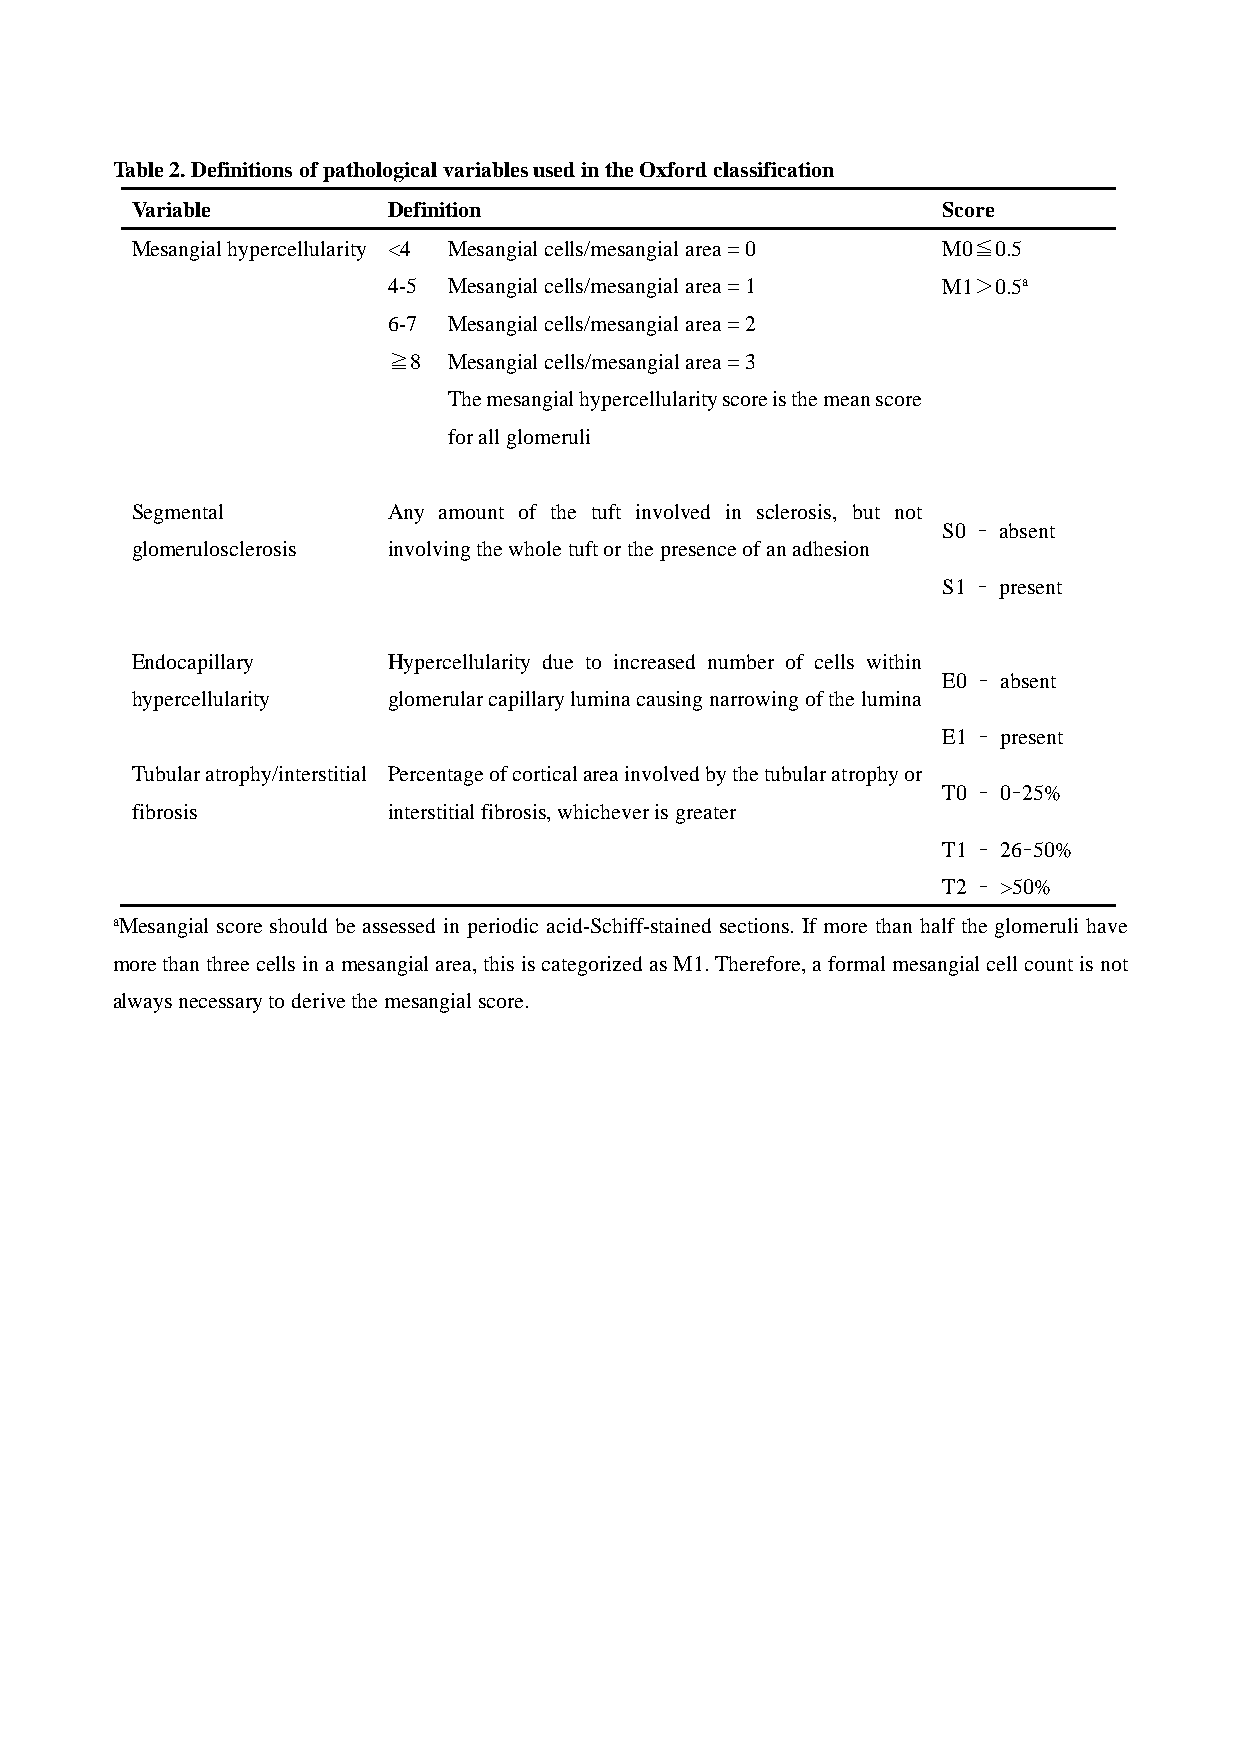
Table 2. Definitions of pathological variables used in the Oxford classification
 Variable         Definition                          Score
 Mesangial hypercellularity <4 Mesangial cells/mesangial area = 0 M0≦0.5
 4-5 Mesangial cells/mesangial area = 1 M1＞0.5a
 6-7 Mesangial cells/mesangial area = 2
 ≧8  Mesangial cells/mesangial area = 3
 The mesangial hypercellularity score is the mean score
 for all glomeruli
 Segmental        Any amount of the tuft involved in sclerosis, but not
 S0 – absent
 glomerulosclerosis involving the whole tuft or the presence of an adhesion
 S1 – present
 Endocapillary    Hypercellularity due to increased number of cells within
 E0 – absent
 hypercellularity glomerular capillary lumina causing narrowing of the lumina
 E1 – present
 Tubular atrophy/interstitial Percentage of cortical area involved by the tubular atrophy or
 T0 – 0–25%
 fibrosis         interstitial fibrosis, whichever is greater
 T1 – 26–50%
 T2 – >50%
 aMesangial score should be assessed in periodic acid-Schiff-stained sections. If more than half the glomeruli have
 more than three cells in a mesangial area, this is categorized as M1. Therefore, a formal mesangial cell count is not
 always necessary to derive the mesangial score.